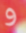
و